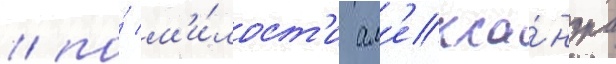
/ по́ м'и́лост'и ал'екса́ндра